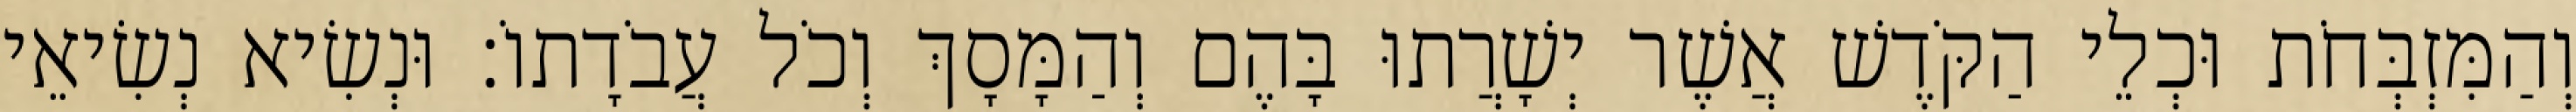
וְהַמִּזְבְּחֹת וּכְלֵי הַקֹּדֶשׁ אֲשֶׁר יְשָׁרֲתוּ בָּהֶם וְהַמָּסָךְ וְכֹל עֲבֹדָתוֹ׃ וּנְשִׂיא נְשִׂיאֵי